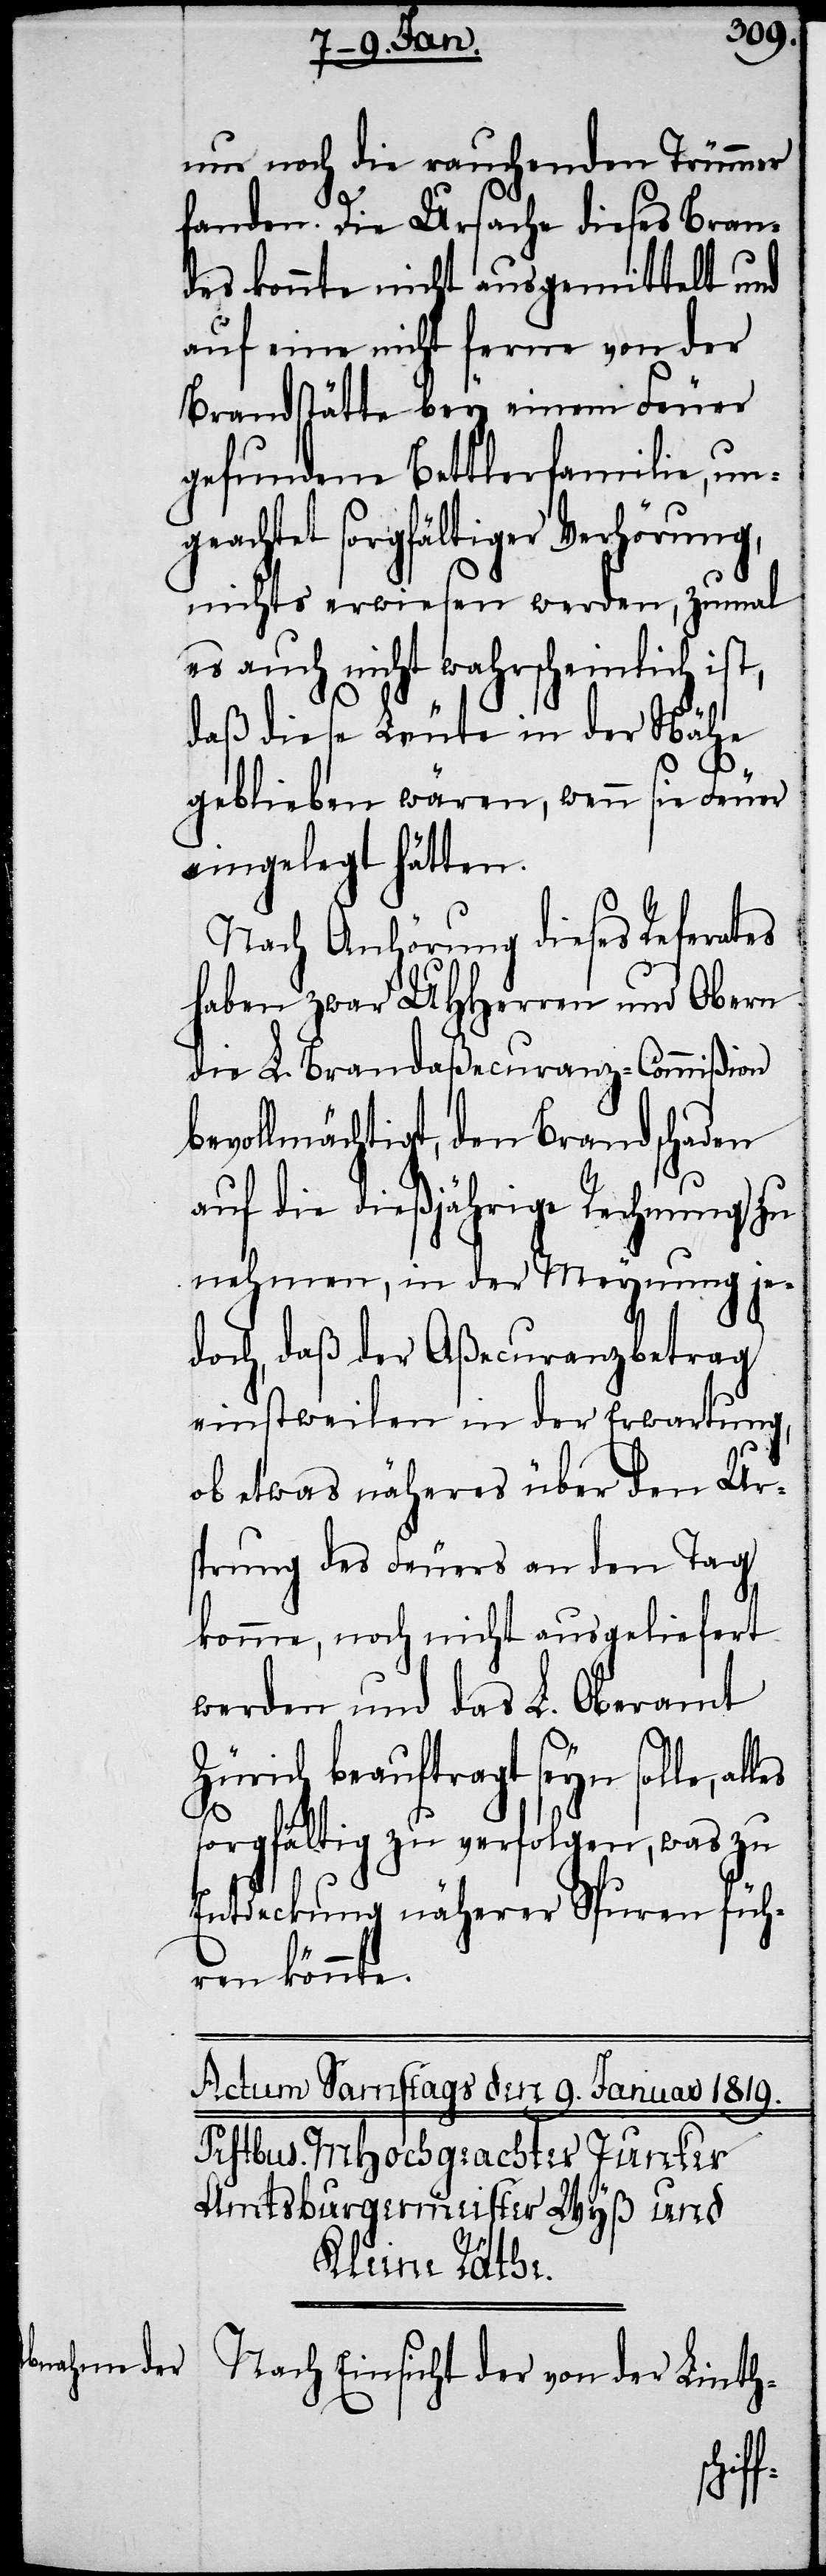
nur noch die rauchenden Trümmer
fanden. Die Ursache dieses Bran¬
des konnte nicht ausgemittelt und
auf eine nicht ferne von der
Brandstätte bey einem Feuer
gefundene Bettlerfamilie, un¬
geachtet sorgfältiger Verhörung,
nichts erwiesen werden, zumal
es auch nicht wahrscheinlich ist,
daß diese Leute in der Nähe
geblieben wären, wenn sie Feuer
eingelegt hätten.
Nach Anhörung dieses Referates
haben zwar UHHerren und Obern
die L. Brandaßecuranz-Commißion
bevollmächtigt, den Brandschaden
auf die dießjährige Rechnung zu
nehmen, in der Meynung je¬
doch, daß der Aßecuranzbetrag
einstweilen in der Erwartung,
ob etwas näheres über den Urs¬
prung des Feuers an den Tag
komme, noch nicht ausgeliefert
werden und das L. Oberamt
Zürich beauftragt seyn solle,
sorgfältig zu verfolgen, was zu
Entdeckung näherer Spuren füh¬
ren könnte.
Nach Einsicht der von der Linth-